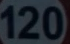
120